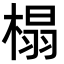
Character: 榻